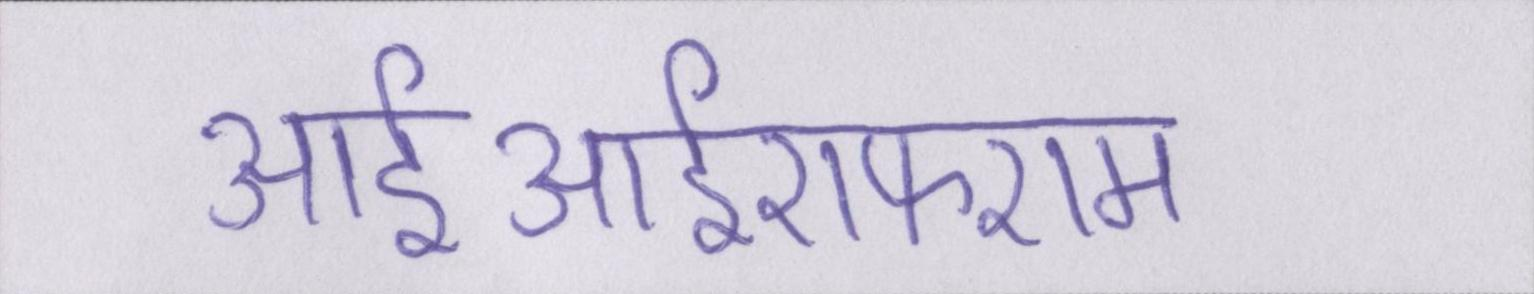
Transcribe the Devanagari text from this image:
आईआईएफएम